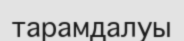
тарамдалуы